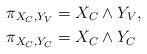
LaTeX: \begin{align*}& \pi_{X_{C}, Y_{V}}=X_{C}\wedge Y_{V},\\& \pi_{X_{C}, Y_{C}}=X_{C}\wedge Y_{C}\end{align*}